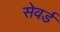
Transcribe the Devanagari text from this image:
सेवर्ड